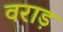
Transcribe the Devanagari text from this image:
वराड़